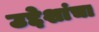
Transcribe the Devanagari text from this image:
उद्देशांचा